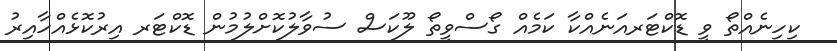
ކިހިނެއްތޯ ވީ ޑޮކްޓަރއަނެއްކާ ކަމެއް ގޯސްވީތޯ ލޫކަސް ސުވާލުކޮށްލުމުން ޑޮކްޓަރ އިރުކޮޅެއްހާއިރު